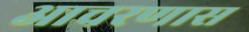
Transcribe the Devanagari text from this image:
आचरणास